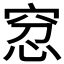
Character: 𥥬